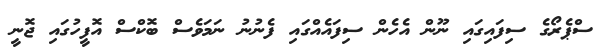
ސްޕެރޯގެ ސިފައިގައި ނޫން އެހެން ސިފައެއްގައި ފެނުނު ނަމަވެސް ބޮކްސް އޮފީހުގައި ޖޮނީ